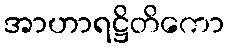
အာဟာရဋ္ဌိတိကော